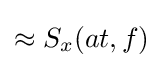
\approx S_{x}(at,f)